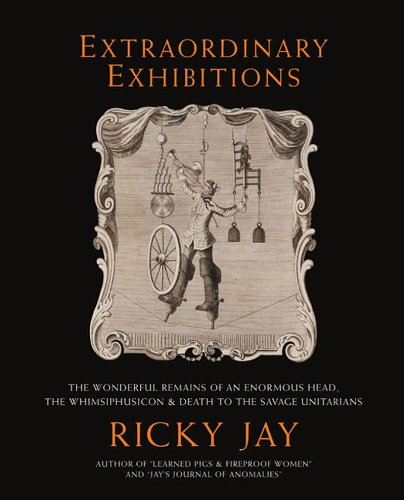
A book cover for Extraordinary Exhibitions: Broadsides from the Collection of Ricky Jay; Crafts, Hobbies & Home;